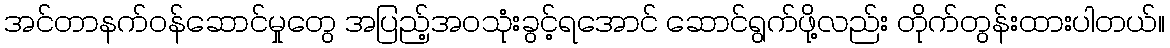
အင်တာနက်ဝန်ဆောင်မှုတွေ အပြည့်အဝသုံးခွင့်ရအောင် ဆောင်ရွက်ဖို့လည်း တိုက်တွန်းထားပါတယ်။